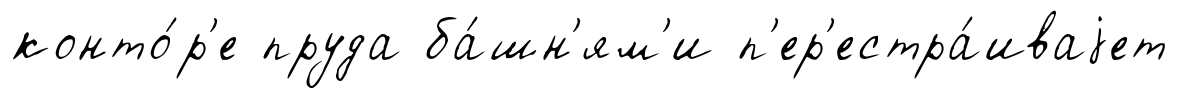
конто́р'е пруда ба́шн'ям'и п'ер'естра́иваjет